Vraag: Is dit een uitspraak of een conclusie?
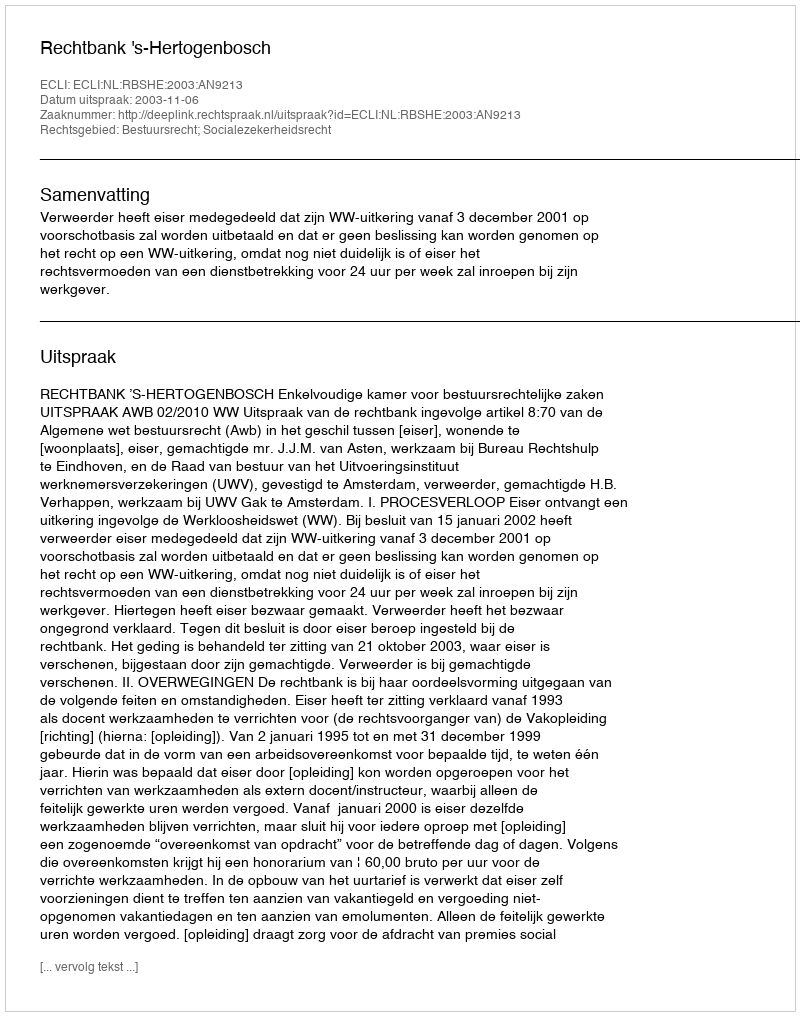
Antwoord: Uitspraak